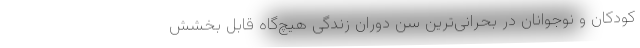
کودکان و نوجوانان در بحرانی‌ترین سن دوران زندگی هیچ‌گاه قابل بخشش